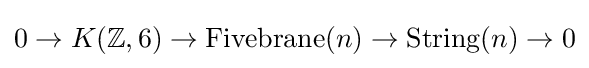
0\to K(\mathbb {Z} ,6)\to \operatorname {Fivebrane} (n)\to \operatorname {String} (n)\to 0